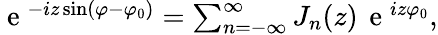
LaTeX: \begin{array}{r}{\mathrm{~e~}^{-iz\sin(\varphi-\varphi_{0})}=\sum_{n=-\infty}^{\infty}J_{n}(z)\, \mathrm{~e~}^{iz\varphi_{0}},}\end{array}